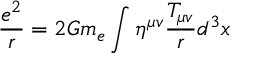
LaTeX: \frac { e ^ { 2 } } { r } = 2 G m _ { e } \int \eta ^ { \mu v } \frac { T _ { \mu v } } { r } d ^ { 3 } x